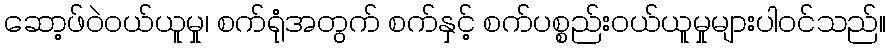
ဆော့ဖ်ဝဲဝယ်ယူမှု၊ စက်ရုံအတွက် စက်နှင့် စက်ပစ္စည်းဝယ်ယူမှုများပါဝင်သည်။